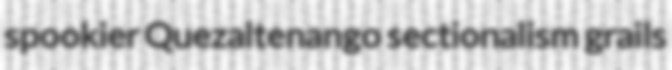
spookier Quezaltenango sectionalism grails